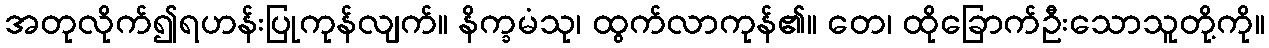
အတုလိုက်၍ရဟန်းပြုကုန်လျက်။ နိက္ခမံသု၊ ထွက်လာကုန်၏။ တေ၊ ထိုခြောက်ဦးသောသူတို့ကို။